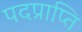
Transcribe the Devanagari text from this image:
पदप्राप्ति